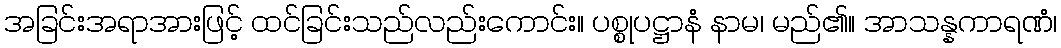
အခြင်းအရာအားဖြင့် ထင်ခြင်းသည်လည်းကောင်း။ ပစ္စုပဋ္ဌာနံ နာမ၊ မည်၏။ အာသန္နကာရဏံ၊